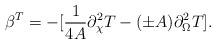
LaTeX: \begin{align*}\beta^{T}=-[{1 \over 4A} \partial_{\chi}^{2} T - (\pm A)\partial_{\Omega}^{2}T] .\end{align*}